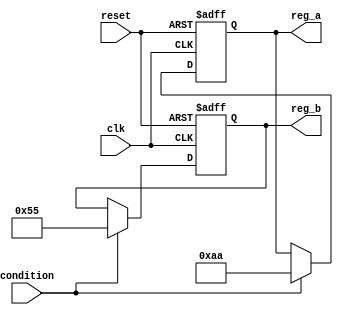
module conditional_initialization (
    input wire clk,          // Clock signal
    input wire reset,        // Reset signal (active high)
    input wire condition,    // Additional condition signal
    output reg [7:0] reg_a,  // Register A
    output reg [7:0] reg_b   // Register B
);

// Initialization values
localparam INIT_VALUE_A = 8'hFF; // Example initialization value for reg_a
localparam INIT_VALUE_B = 8'h00; // Example initialization value for reg_b

// Always block for conditional initialization
always @(posedge clk or posedge reset) begin
    if (reset) begin
        // Initialize registers when reset is high
        reg_a <= INIT_VALUE_A;
        reg_b <= INIT_VALUE_B;
    end else if (condition) begin
        // Conditional initialization based on the condition signal
        reg_a <= 8'hAA; // Example value if condition is met
        reg_b <= 8'h55; // Example value if condition is met
    end
    // Additional logic can be added here for other conditions or operations
end

endmodule